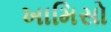
ખામિસો